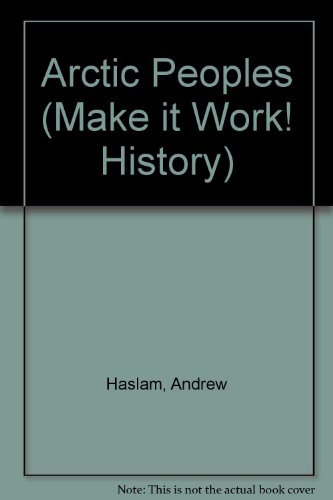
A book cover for Arctic Peoples (Make it Work! History); Andrew Haslam; Children's Books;